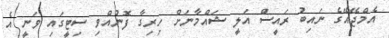
އެމްޖޭއޭގެ ނައިބު ރައީސް އަލީ ޝައްމާނަށް ހިރިގާ ފޮނުއްވި ސިޓީގައި ވަނީ އެ